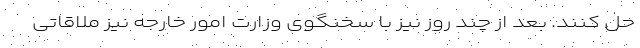
حل کنند. بعد از چند روز نیز با سخنگوی وزارت امور خارجه نیز ملاقاتی